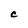
Character: C